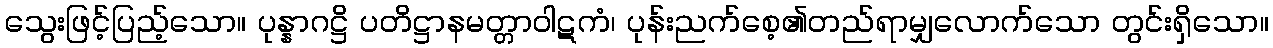
သွေးဖြင့်ပြည့်သော။ ပုန္နာဂဋ္ဌိ ပတိဋ္ဌာနမတ္တာဝါဋကံ၊ ပုန်းညက်စေ့၏တည်ရာမျှလောက်သော တွင်းရှိသော။